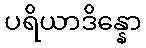
ပရိယာဒိန္နော